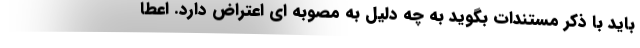
باید با ذکر مستندات بگوید به چه دلیل به مصوبه ای اعتراض دارد. اعطا